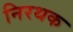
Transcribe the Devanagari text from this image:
निरथक